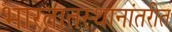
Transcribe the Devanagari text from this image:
भारतातस्थानांतरीत